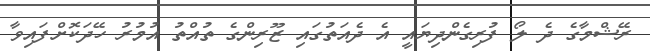
ރޭޝްމާގެ ދެ ލޯ ފުރިގެންދިޔައީ އެ ދެއަތުގައި ޒޫރިންގެ ތުއްތު އުމުރު ހޭދަކޮށްފައިވާ